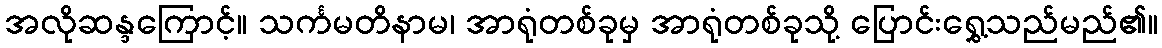
အလိုဆန္ဒကြောင့်။ သင်္ကမတိနာမ၊ အာရုံတစ်ခုမှ အာရုံတစ်ခုသို့ ပြောင်းရွှေ့သည်မည်၏။